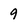
Character: 9